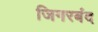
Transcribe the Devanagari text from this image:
जिगरबंद